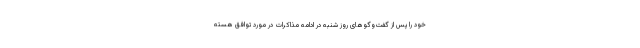
خود را پس از گفت‌وگوهای روز شنبه در ادامه مذاکرات در مورد توافق هسته